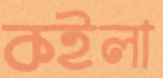
কইলা